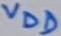
Text: VDD